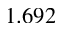
1 . 6 9 2